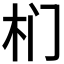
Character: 𭩛